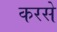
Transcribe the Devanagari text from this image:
करसे